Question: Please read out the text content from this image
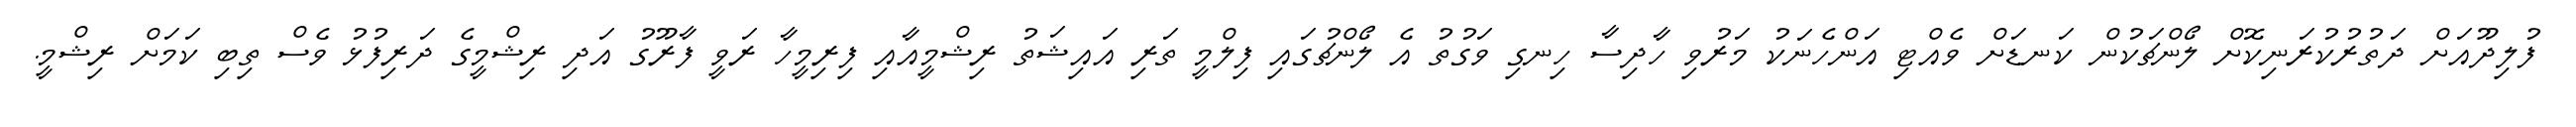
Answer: ފުލިދޫއަށް ދަތުރުކުރަނިކޮށް ލޯންޗަކުން ކަނޑަށް ވެއްޓި އަންހެނަކު މަރުވި ހާދިސާ ހިނގި ވަގުތު އެ ލޯންޗުގައި ފިލްމީ ތަރި އައިޝަތު ރިޝްމީއާއި ފިރިމީހާ ރަވީ ފާރޫގު އަދި ރިޝްމީގެ ދަރިފުޅު ވެސް ތިބި ކަމަށް ރިޝްމީ.